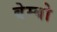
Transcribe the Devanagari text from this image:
बेम्बो